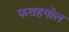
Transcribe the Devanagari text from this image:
फतहपोल